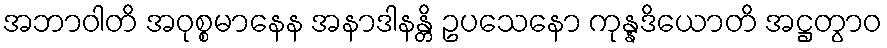
အဘာဝါတိ အဝုစ္စမာနေန အနာဒါနန္တိ ဥပသေနော ကုန္နဒိယောတိ အဋ္ဌတွာဝ